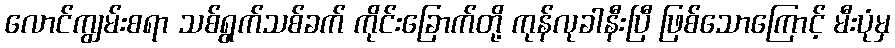
လောင်ကျွမ်းစရာ သစ်ရွက်သစ်ခက် ကိုင်းခြောက်တို့ ကုန်လုခါနီးပြီ ဖြစ်သောကြောင့် မီးပုံမှ